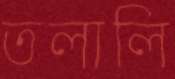
তলালি